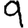
Digit: 9